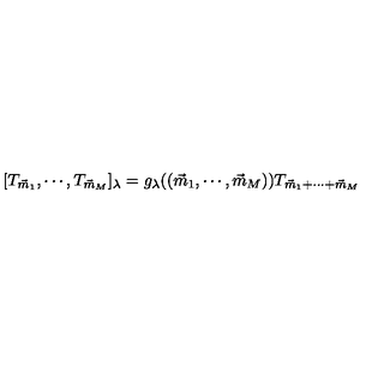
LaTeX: [ T _ { \vec { m } _ { 1 } } , \cdots , T _ { \vec { m } _ { M } } ] _ { \lambda } = g _ { \lambda } ( ( \vec { m } _ { 1 } , \cdots , \vec { m } _ { M } ) ) T _ { \vec { m } _ { 1 } + \cdots + \vec { m } _ { M } }